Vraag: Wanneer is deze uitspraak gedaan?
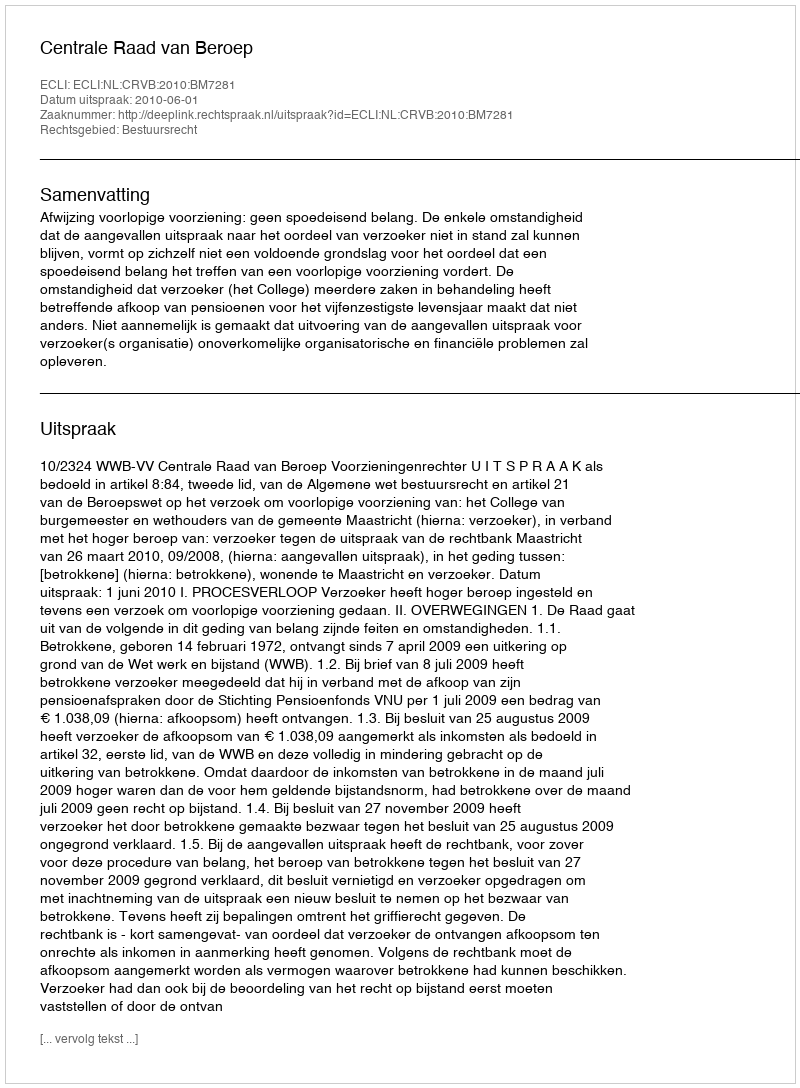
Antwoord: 2010-06-01